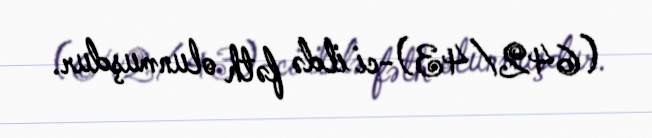
(642/43)-ci ildə fəth olunmuşdur.